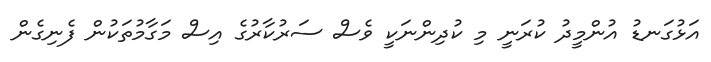
އަޅުގަނޑު އުންމީދު ކުރަނީ މި ކުދިންނަކީ ވެސް ސަރުކާރުގެ އިސް މަގާމުތަކުން ފެނިގެން